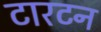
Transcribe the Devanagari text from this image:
टारटन